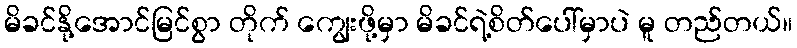
မိခင်နို့အောင်မြင်စွာ တိုက် ကျွေးဖို့မှာ မိခင်ရဲ့စိတ်ပေါ်မှာပဲ မူ တည်တယ်။